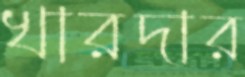
খারদার